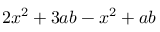
2 x ^ { 2 } + 3 a b - x ^ { 2 } + a b